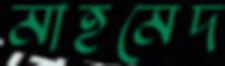
মাহমেদ